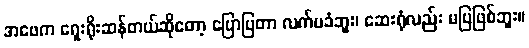
အဖေက ရှေးရိုးဆန်တယ်ဆိုတော့ ပြောပြတာ လက်မခံဘူး၊ ဆေးရုံလည်း မပြဖြစ်ဘူး။